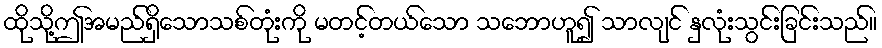
ထိုသို့ဤအမည်ရှိသောသစ်တုံးကို မတင့်တယ်သော သဘောဟူ၍ သာလျင် နှလုံးသွင်းခြင်းသည်။